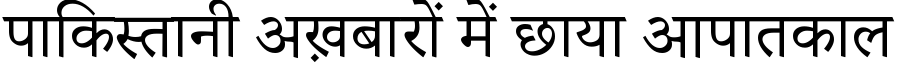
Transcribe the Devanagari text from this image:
पाकिस्तानी अख़बारों में छाया आपातकाल